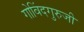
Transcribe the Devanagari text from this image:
गोविंदगुरुजी